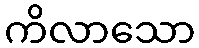
ကိလာသော